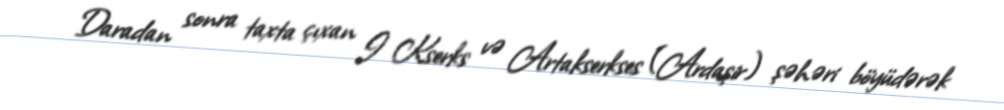
Daradan sonra taxta çıxan I Kserks və Artakserkses (Ardaşir) şəhəri böyüdərək